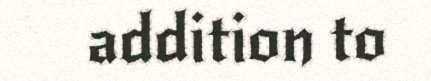
addition to